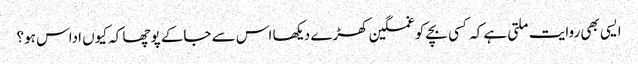
ایسی بھی روایت ملتی ہے کہ کسی بچے کو غمگین کھڑے دیکھا اس سے جاکے پوچھا کہ کیوں اداس ہو؟